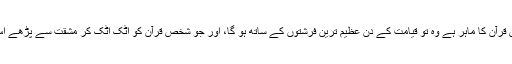
رسول اللہ ﷺنے فرمایا: ’’جو شخص قرآن کا ماہر ہے وہ تو قیامت کے دن عظیم ترین فرشتوں کے ساتھ ہو گا، اور جو شخص قرآن کو اٹک اٹک کر مشقت سے پڑھے اس کے لئے دوہرا اجر و ثواب ہے‘‘۔